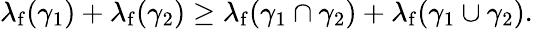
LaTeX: \lambda_{\mathrm{f}}(\gamma_{1})+\lambda_{\mathrm{f}}(\gamma_{2})\geq\lambda_{\mathrm{f}}(\gamma_{1}\cap\gamma_{2})+\lambda_{\mathrm{f}}(\gamma_{1}\cup\gamma_{2}).